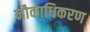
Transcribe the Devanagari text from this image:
नौकाधिकरण